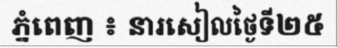
ភ្នំពេញ ៖ នារសៀលថ្ងៃទី២៥